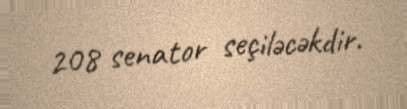
208 senator seçiləcəkdir.